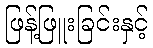
ဖြန့်ဖြူးခြင်းနှင့်